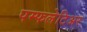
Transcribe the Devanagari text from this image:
पम्फलेटिअर